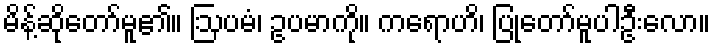
မိန့်ဆိုတော်မူ၏။ ဩပမံ၊ ဥပမာကို။ ကရောဟိ၊ ပြုတော်မူပါဦးလော။